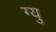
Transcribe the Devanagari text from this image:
ग्यु